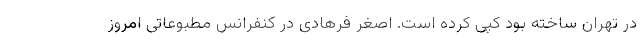
در تهران ساخته بود کپی کرده است. اصغر فرهادی در کنفرانس مطبوعاتی امروز